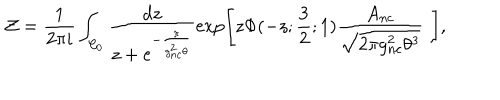
{ \cal Z } = \frac { 1 } { 2 \pi i } \int _ { { \cal C } _ { 0 } } \frac { d z } { z + e ^ { - \frac { \pi } { g _ { n c } ^ { 2 } \theta } } } \exp \left[ z \Phi ( - z ; \frac { 3 } { 2 } ; 1 ) \frac { A _ { n c } } { \sqrt { 2 \pi g _ { n c } ^ { 2 } \theta ^ { 3 } } } \, \, \right] ,